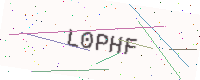
Text: L0PHF